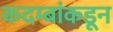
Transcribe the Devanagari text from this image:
कदम्बांकडून